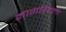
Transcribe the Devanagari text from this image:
मार्गारेटला